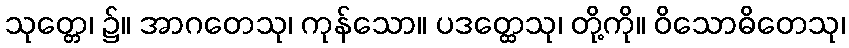
သုတ္တေ၊ ၌။ အာဂတေသု၊ ကုန်သော။ ပဒတ္ထေသု၊ တို့ကို။ ဝိသောဓိတေသု၊